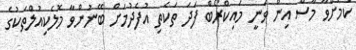
ކަމަށްވާ މާސް އިން ވަނީ މައިކްރޯބް ފަދަ ތަކެތި އުފެދުމަށް ބޭނުންވާ މޮލެކިއުލްތަކުގެ